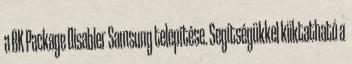
a BK Package Disabler Samsung telepítése. Segítségükkel kiiktatható a